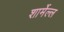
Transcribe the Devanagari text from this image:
शार्मेल्ल